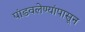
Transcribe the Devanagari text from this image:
पांडवलेण्यांपासून